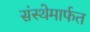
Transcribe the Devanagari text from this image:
संस्‍थेमार्फत